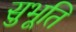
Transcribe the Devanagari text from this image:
सुभूति